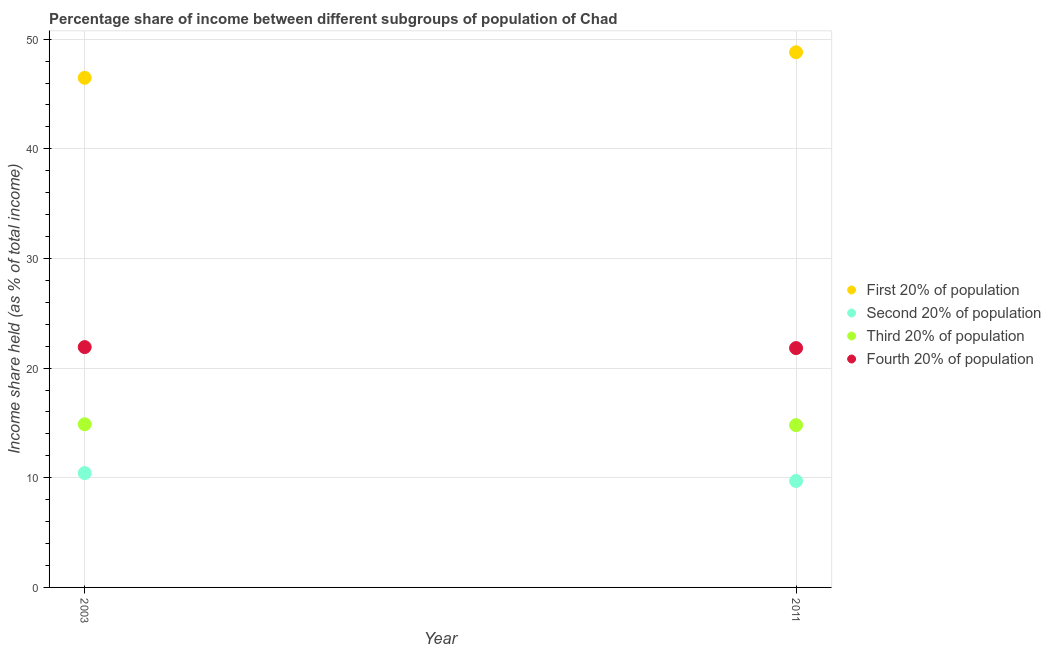
| Year | First 20% of population | Second 20% of population | Third 20% of population | Fourth 20% of population |
 | --- | --- | --- | --- | --- |
 | 2003 | 46.5 | 10.4 | 14.9 | 21.9 |
 | 2011 | 48.8 | 9.71 | 14.8 | 21.8 |